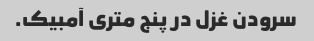
سرودن غزل در پنج متری آمبیک.